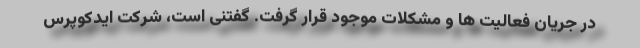
در جریان فعالیت ها و مشکلات موجود قرار گرفت. گفتنی است، شرکت ایدکوپرس